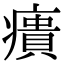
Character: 㿉